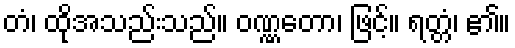
တံ၊ ထိုအသည်းသည်။ ဝဏ္ဏတော၊ ဖြင့်။ ရတ္တံ၊ ၏။